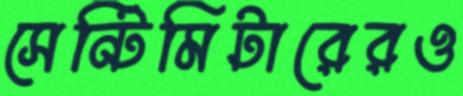
সেন্টিমিটারেরও